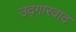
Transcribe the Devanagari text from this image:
उद्गारवाद